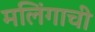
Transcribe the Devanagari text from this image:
मलिंगाची